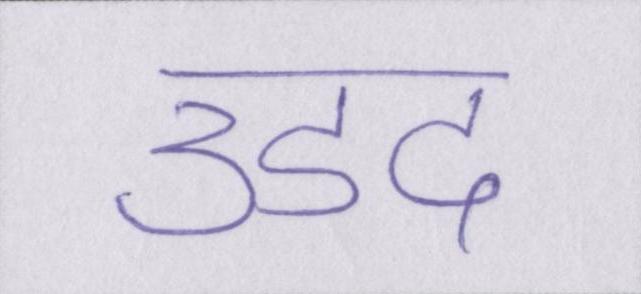
उडद